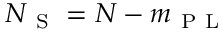
N _ { \mathrm { ~ S ~ } } = N - m _ { \mathrm { ~ P ~ L ~ } }